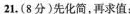
21.(8分)先化简，再求值：